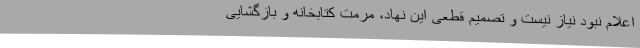
اعلام نبود نیاز نیست و تصمیم قطعی این نهاد، مرمت کتابخانه و بازگشایی